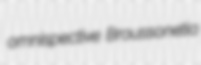
omnispective Broussonetia